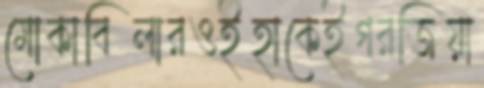
মোকাবিলারওইহাকেইগরজিয়া